Tartu_linnavalitsus, lk 93
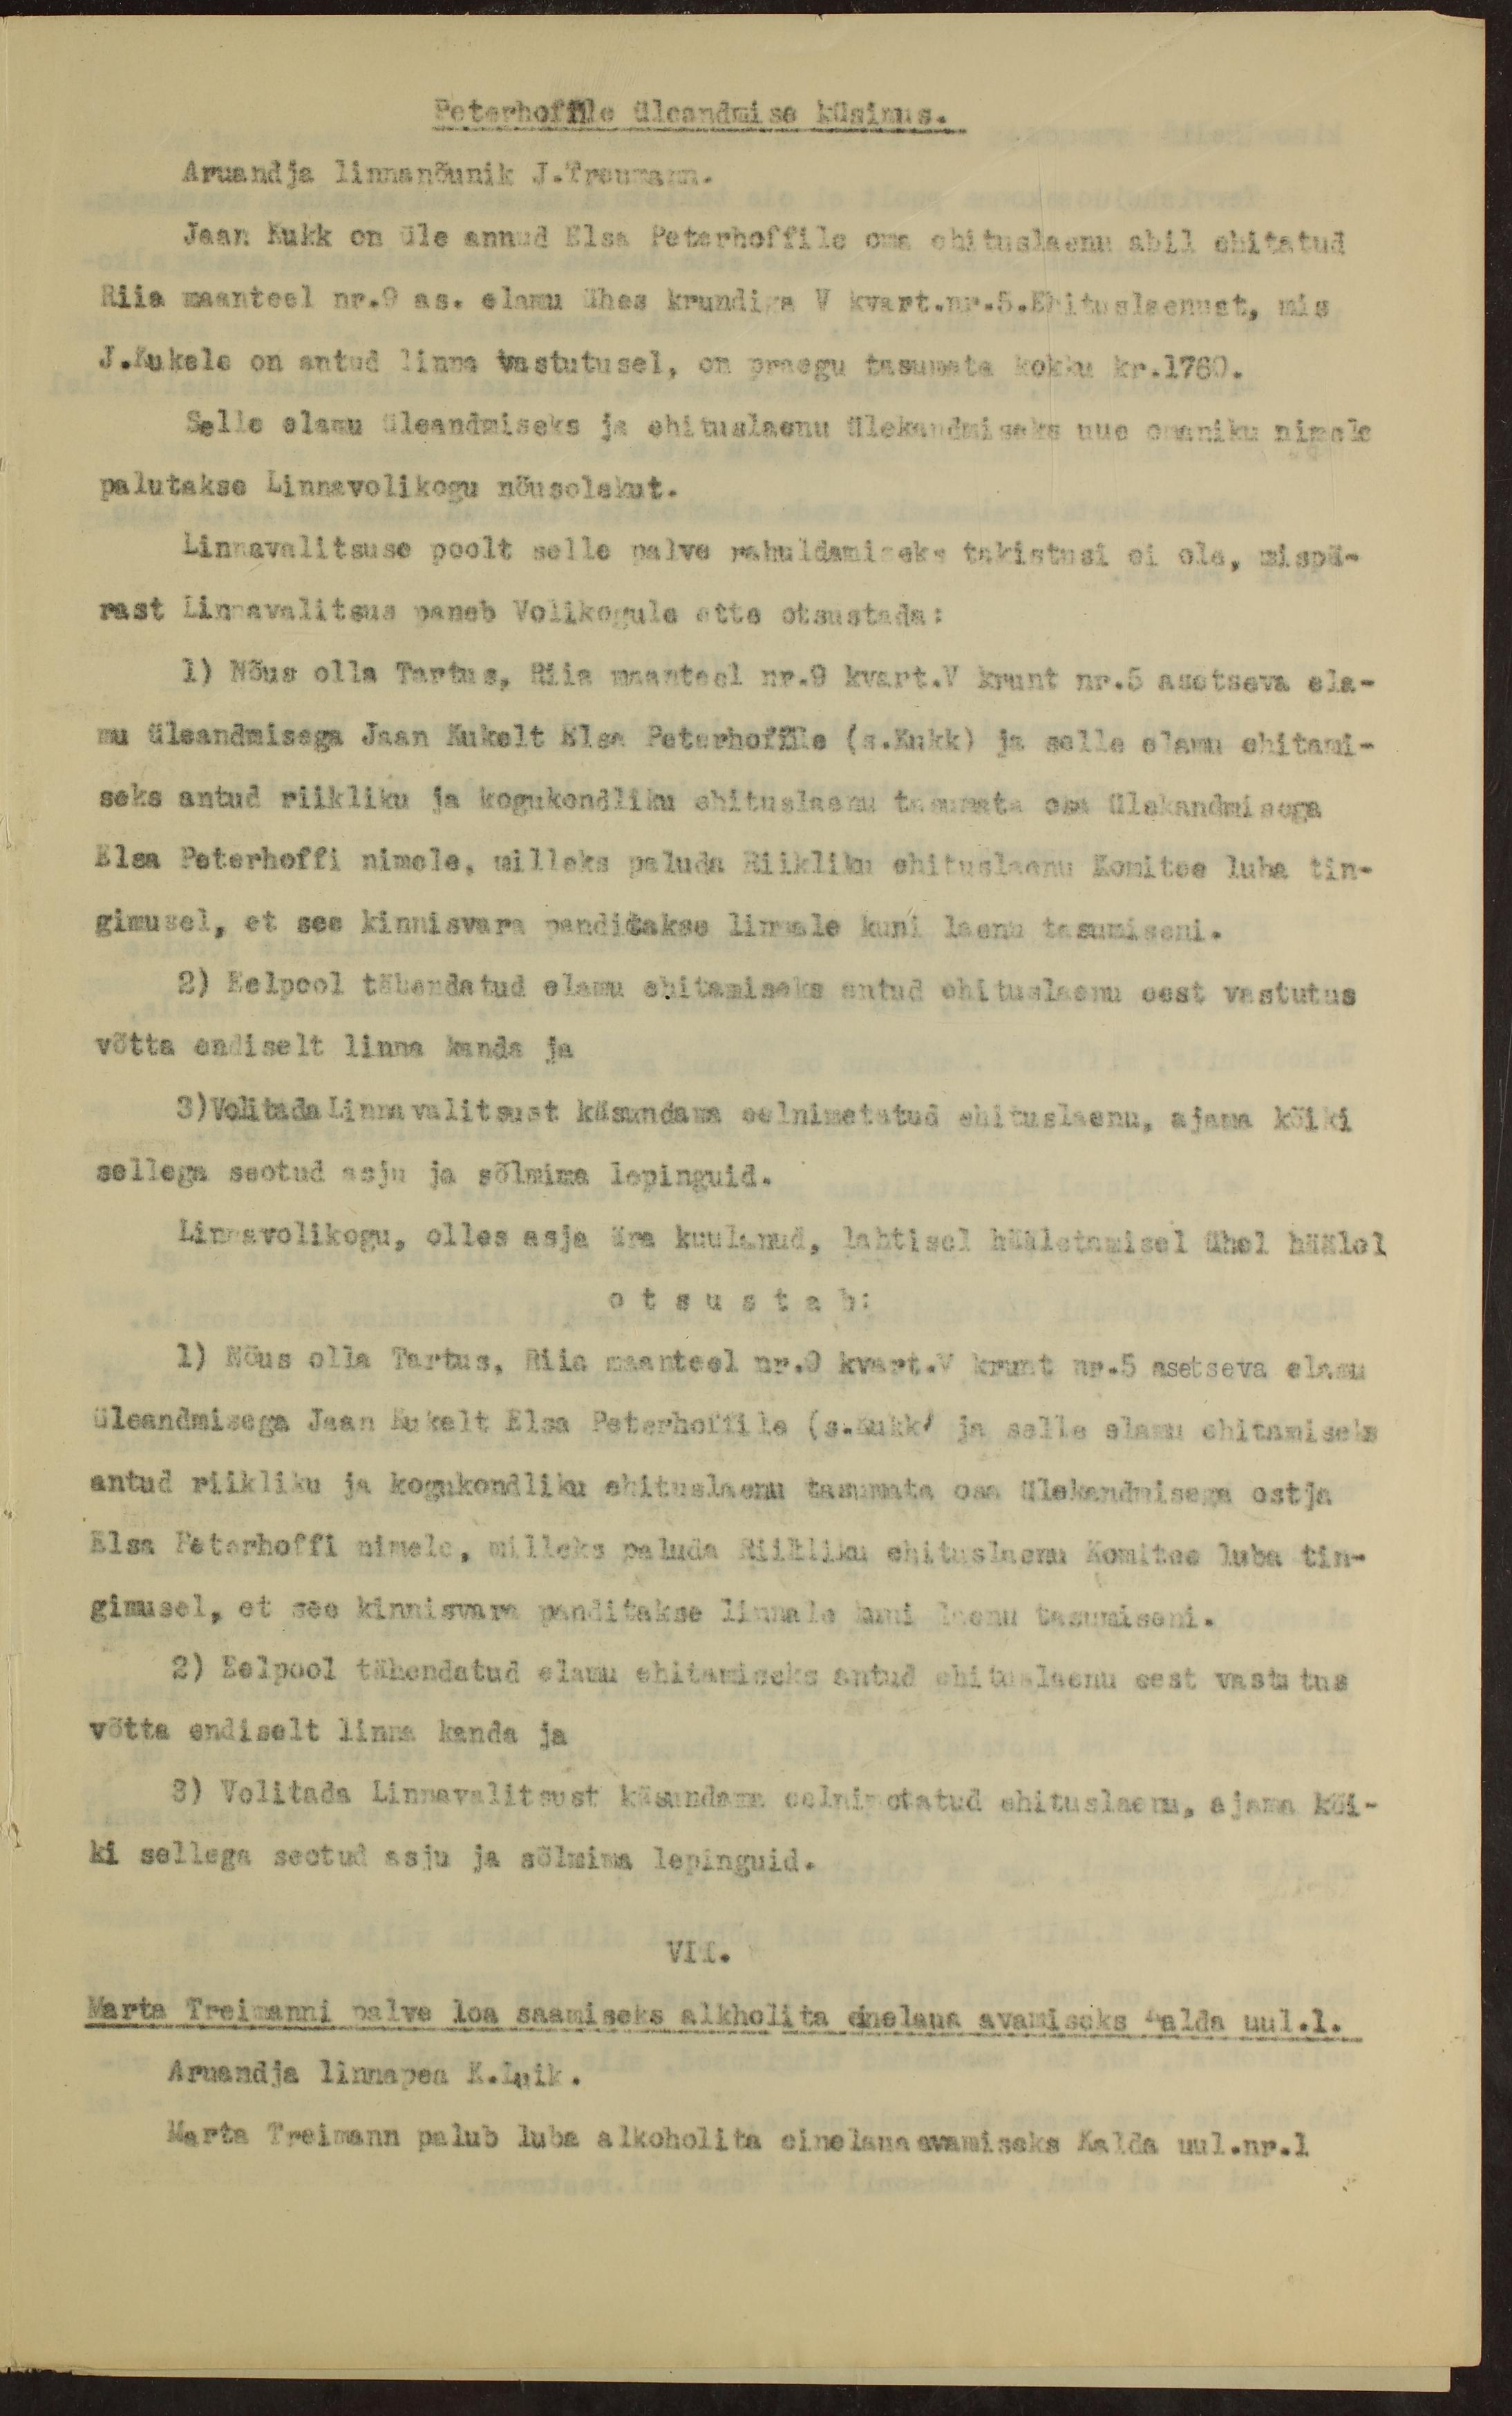
Peterhoffile üleandmise küsimus.
Aruandja linnanõunik J.Treumann.
Jaan Kukk on üle annud Elsa Peterhoffile oma ehituslaenu abil ehitatud
Riia maanteel nr.9 as. elamu ühes krundiga V kvart.nr.5.Ehituslaenust, mis
J.Kukele on antud linna vastutusel, on praegu tasumata kokku kr.1760.
Selle elamu üleandmiseks ja ehituslaenu ülekandmiseks uue omaniku nimele
palutakse Linnavolikogu nõusolekut.
Linnavalitsuse poolt selle palve rahuldamiseke takistusi ei ole, mispä-
rast Linnavalitsus paneb Volikogule ette otsustada:
1) Nõus olla Tartus, Riia maanteel nr.9 kvart.V krunt nr.5 asetseva ela-
mu üleandmisega Jaan Kukelt Elsa Peterhoffile (s.Kukk) ja selle elamu ehitami-
seks antud riikliku ja kogukondliku ehituslaenu tasumata osa ülekandmisega
Elsa Peterhoffi nimele, milleks paluda Riikliku ehituslaenu Komitee luba tin-
gimusel, et see kinnisvara panditakse linnale kuni laenu tasumiseni.
2) Eelpool tähendatud elamu ehitamiseks antud ehituslaenu eest vastutus
võtta endiselt linna kanda ja
3)Volitada Linnavalitsust käsundama eelnimetatud ehituslaenu, ajama kõiki
sellega seotud asju ja sõlmima lepinguid.
Linnavolikogu, olles asja ära kuulanud, lahtisel hääletamisel ühel häälel
otsustab:
1) Nõus olla Tartus, Riia maanteel nr.9 kvart.V krunt nr.5 asetseva elamu
üleandmisega Jaan Kukelt Elsa Peterhoffile (s.Kukk) ja selle elamu ehitamiseks
antud riikliku ja kogukondliku ehituslaenu tasumata osa ülekandmisega ostja
Elsa Peterhoffi nimele, milleks paluda Riikliku ehituslaenu Komitee luba tin-
gimusel, et see kinnisvara panditakse linnale kuni laenu tasumiseni.
2) Eelpool tähendatud elamu ehitamiseks antud ehituslaenu eest vastutus
võtta endiselt linna kanda ja
3) Volitada Linnavalitsust käsundama eelnimetatud ehituslaenu, ajama kõi-
ki sellega seotud asju ja sõlmima lepinguid.
VII.
Marta Treimanni palve loa saamiseks alkholita einelaua avamiseks Kalda uul.1.
Aruandja linnapea K.Luik.
Marta Treimann palub luba alkoholita einelaua avamiseks Kalda uul.nr.1